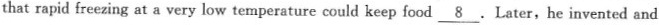
thatrapid freezing at a very low temperature could keep food \underline{8}.Later，he invented and